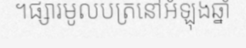
។ផ្សារមូលបត្រនៅអំឡុងឆ្នាំ